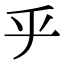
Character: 𠂟